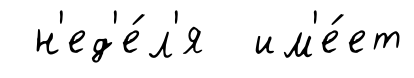
н'ед'е́л'я им'е́ет